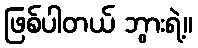
ဖြစ်ပါတယ် ဘွားရဲ့။